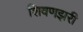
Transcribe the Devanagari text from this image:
शिवणझरी